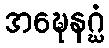
အဍ္ဎေနဂ္ဃံ